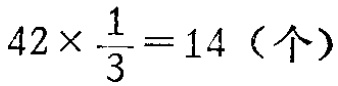
\(42\times \frac{1}{3}=14（个）\)